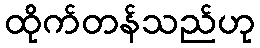
ထိုက်တန်သည်ဟု